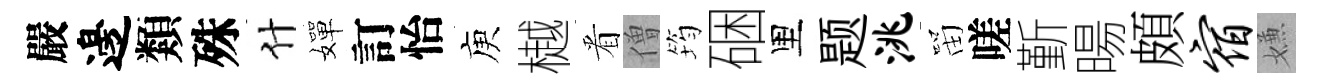
嚴邊類殊什嬋訂怡庾樾㸔僧筠硱里题洮㽞嗟斳暘頗宿嫌